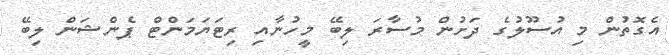
އެގޮތުން މި އުސޫލުގެ ދަށުން މުސާރަ ލިބޭ މީހުނާއި ރިޓަޔަމަންޓް ޕެންޝަން ލިބޭ